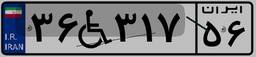
۳۶W۳۱۷۵۶